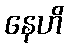
နေဟိ